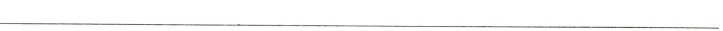
___